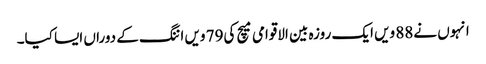
انہوں نے88 ویں ایک روزہ بین الاقوامی میچ کی79 ویں اننگ کے دوراں ایسا کیا۔